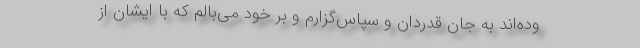
وده‌اند به جان قدردان و سپاس‌گزارم و بر خود می‌بالم که با ایشان از